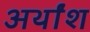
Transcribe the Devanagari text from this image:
अर्थांश